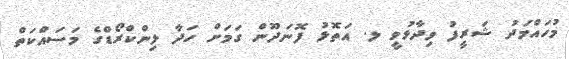
މުހައްމަދު ޝަރީފު ވިދާޅުވީ ލ. އަތޮޅު ފޮނަދޫން ގަމަށް ހަދާ ލިންކްރޯޑްގެ މަސައްކަތް